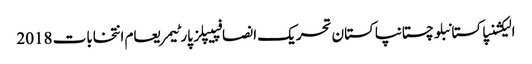
الیکشنپاکستانبلوچستانپاکستان تحریک انصافپیپلز پارٹیمریعام انتخابات 2018